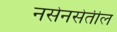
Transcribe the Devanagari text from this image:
नसेनसेतील